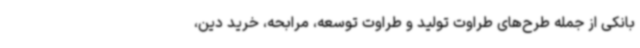
بانکی از جمله طرح‌های طراوت تولید و طراوت توسعه، مرابحه، خرید دین،